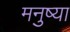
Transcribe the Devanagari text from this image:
मनुष्या